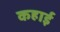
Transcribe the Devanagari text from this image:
कहाई